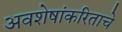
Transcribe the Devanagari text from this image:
अवशेषांकरिताचे